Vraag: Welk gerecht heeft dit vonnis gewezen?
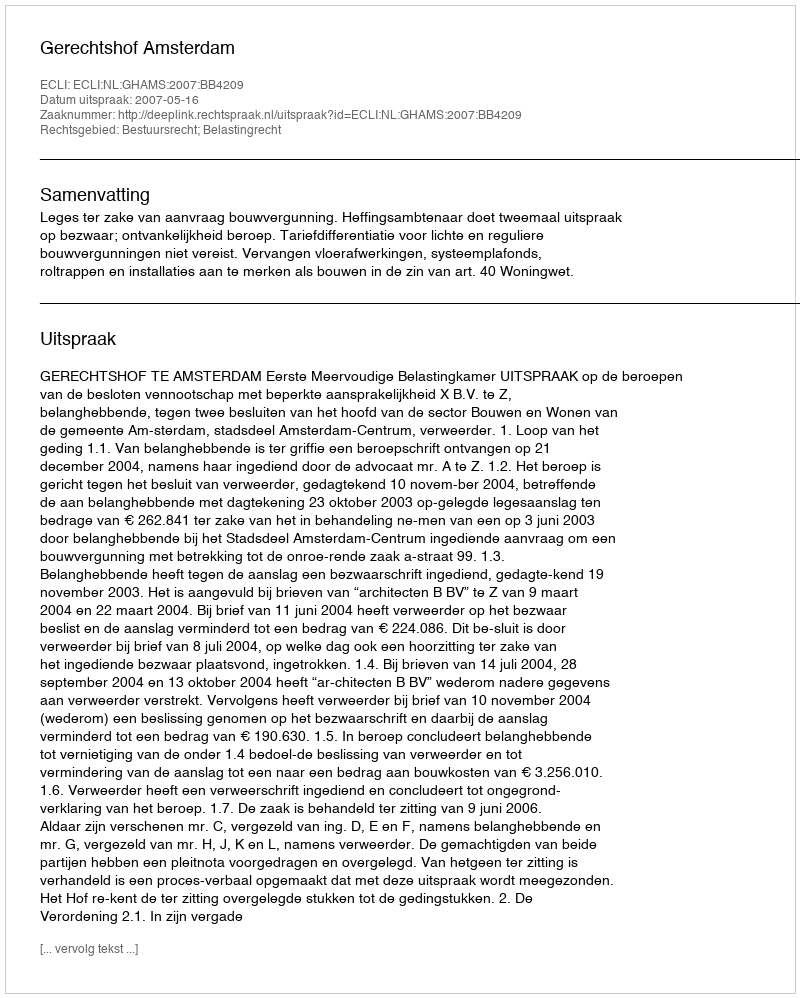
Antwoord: Gerechtshof Amsterdam